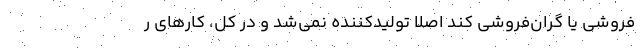
‌فروشي يا گران‌فروشي كند اصلا توليدكننده نمي‌شد و در كل، كارهاي ر